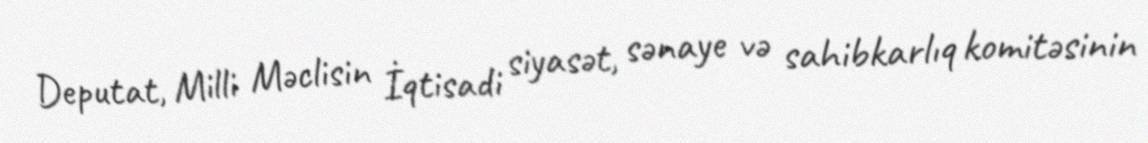
Deputat, Milli Məclisin İqtisadi siyasət, sənaye və sahibkarlıq komitəsinin